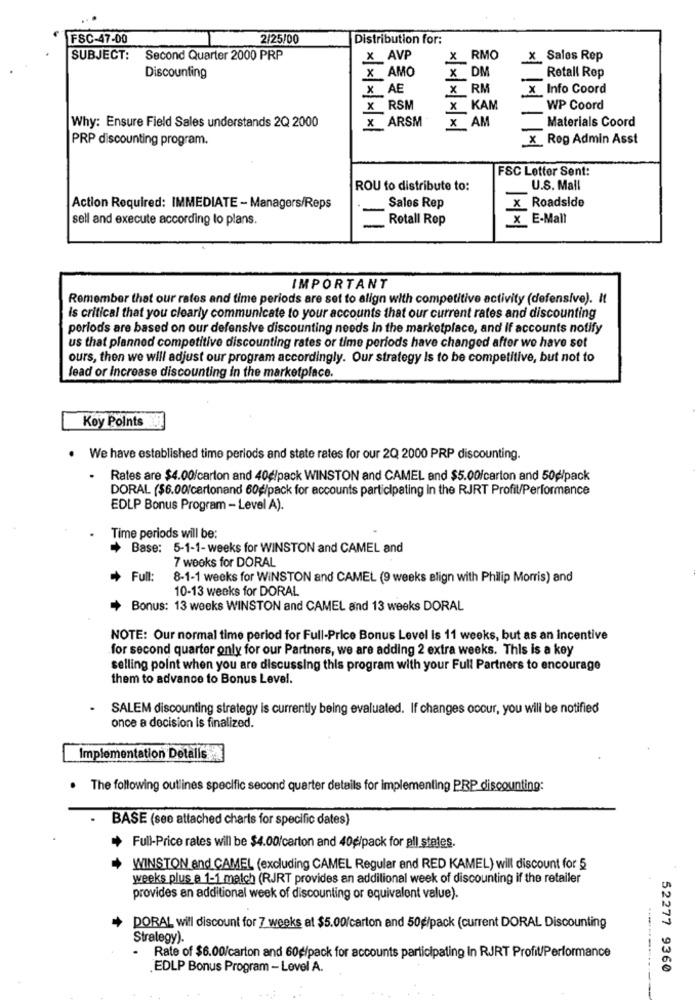
FSC-47-00
2/25/00
Distribution for:
SUBJECT: Second Quarter 2000 PRP
x AVP
X RMO
X Sales Rep
Discounting
x AMO
X DM
Retall Rep
x AE
X RM
X Info Coord
x RSM
x KAM
WP Coord
Why: Ensure Field Sales understands 2Q 2000
x ARSM
Materials Coord
x AM
PRP discounting program.
x Rog Admin Asst
FSC Letter Sent:
ROU to distribute to:
U.S. Mall
Action Required: IMMEDIATE - Managers/Reps
Sales Rep
x Roadside
sell and execute according to plans.
Rotall Rop
x E-Mall
IMPORTANT
Remember that our rates and time periods are set to align with competitive activity (defensive). It
is critical that you clearly communicate to your accounts that our current rates and discounting
porlods are based on our defensive discounting needs in the marketplace, and If accounts notify
us that planned competitive discounting rates or time periods have changed after we have set
ours, then we will adjust our program accordingly. Our strategy Is to be competitive, but not to
lead or Increase discounting in the marketplace.
Koy Points
· We have established time periods and state rates for our 2Q 2000 PRP discounting.
Rates are $4.00/carton and 40g/pack WINSTON and CAMEL and $5.00/carton and 50g/pack
DORAL ($6.00/cartonand 60g/pack for accounts participating in the RJRT Profit/Performance
EDLP Bonus Program - Level A).
Time periods will be:
Base: 5-1-1-weeks for WINSTON and CAMEL and
7 weeks for DORAL
+ Full:
8-1-1 weeks for WINSTON and CAMEL (9 weeks align with Philip Morris) and
10-13 weeks for DORAL
Bonus: 13 weeks WINSTON and CAMEL and 13 weeks DORAL
NOTE: Our normal time period for Full-Price Bonus Level is 11 weeks, but as an incentive
for second quarter only for our Partners, we are adding 2 extra weeks. This is a key
selling point when you are discussing this program with your Full Partners to encourage
them to advance to Bonus Level.
SALEM discounting strategy is currently being evaluated. If changes occur, you will be notified
once a decision is finalized.
Implementation Detalls
The following outlines specific second quarter details for implementing PRP discounting:
BASE (see attached charts for specific dates)
* Full-Price rates will be $4.00/carton and 40g/pack for all states.
WINSTON and CAMEL (excluding CAMEL Regular and RED KAMEL) will discount for 5
weeks plus a 1-1 match (RJRT provides an additional week of discounting if the retailer
provides an additional week of discounting or equivalent value).
DORAL will discount for 7 weeks at $5.00/carton and 50g/pack (current DORAL Discounting
Strategy).
Rate of $6.00/carton and 60g/pack for accounts participating in RJRT Profit/Performance
EDLP Bonus Program - Lovel A.
52277 9360
---